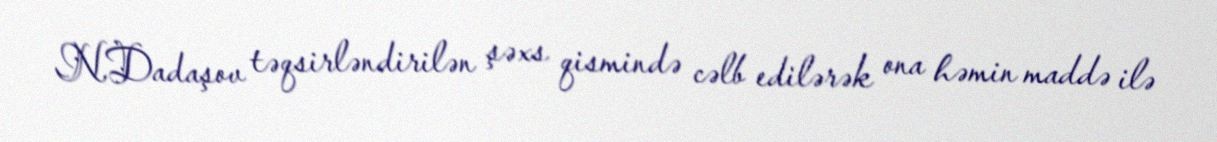
N.Dadaşov təqsirləndirilən şəxs qismində cəlb edilərək ona həmin maddə ilə